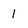
Character: 1